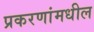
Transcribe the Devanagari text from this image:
प्रकरणांमधील